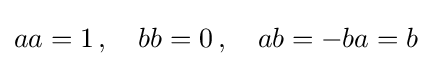
\textstyle aa=1\,,\quad bb=0\,,\quad ab=-ba=b